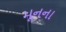
મૂનના